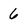
Character: 6